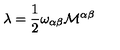
\lambda = \frac { 1 } { 2 } \omega _ { \alpha \beta } { \cal M } ^ { \alpha \beta }